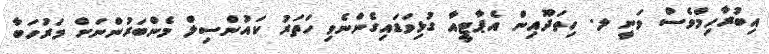
އިބުރާހިމްވެސް ވަނީ ލ. ހިތަދޫއިން އެޕާޓީއާ ގުޅިވަޑައިގެންނެވި ހަތަރު ކައުންސިލް މެންބަރުންނަށް މަރުހަބާ